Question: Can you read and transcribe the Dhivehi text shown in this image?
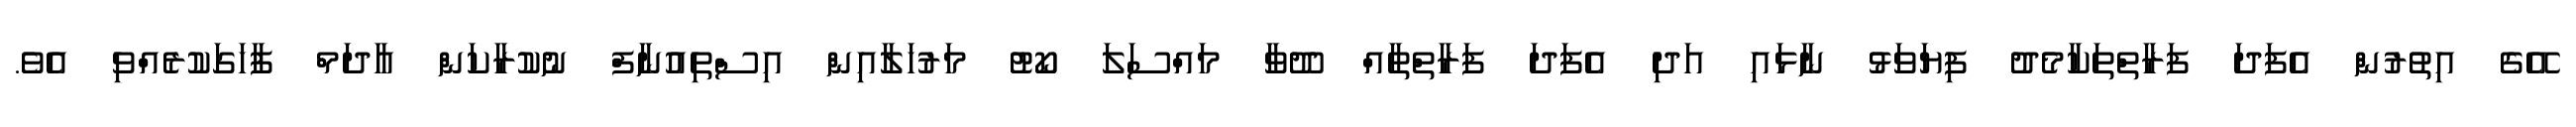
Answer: އޭގެ އިތުރުން އެފަދަ ފަރާތްތަކާމެދު ފިޔަވަޅު ނާޅައި އަދި އެފަދަ ފަރާތްތާއް ދޫވާ މައްސަލަ ކޯޓު މަރުހަލާއިން އިސްތިއުނާފް ނުކުރާކަން އާދަމް ފާހަގަކުރެއްވި އެވެ.